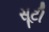
સૂટી